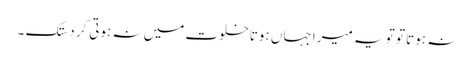
نہ ہوتا تو تو یہ میرا جہاں ہوتاخلوت میں نہ ہوتی گر دستک ۔